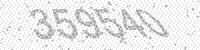
Solution: 359540